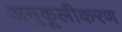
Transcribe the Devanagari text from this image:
अनुकूलीकरण